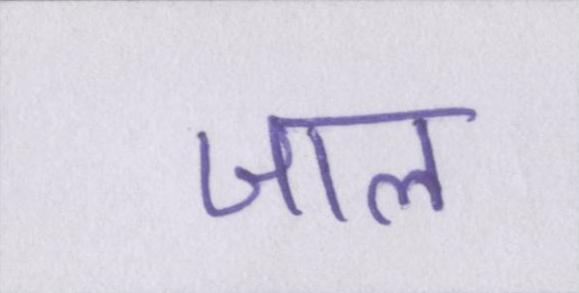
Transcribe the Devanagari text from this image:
जाल